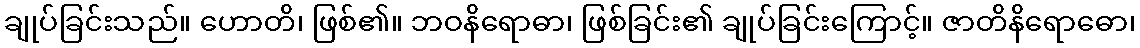
ချုပ်ခြင်းသည်။ ဟောတိ၊ ဖြစ်၏။ ဘဝနိရောဓာ၊ ဖြစ်ခြင်း၏ ချုပ်ခြင်းကြောင့်။ ဇာတိနိရောဓော၊